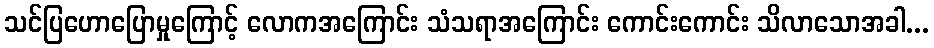
သင်ပြဟောပြောမှုကြောင့် လောကအကြောင်း သံသရာအကြောင်း ကောင်းကောင်း သိလာသောအခါ...